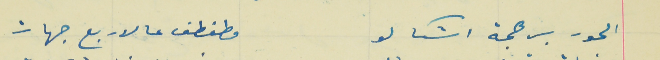
الحور برهجة اشكالو                                                  مطفطف عالاربع جهات